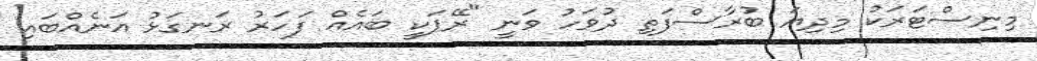
މިނިސްޓަރަކު މިދިޔަ ބުރާސްފަތި ދުވަހު ވަނީ "ރޭޕަކީ ބައެއް ފަހަރު ރަނގަޅު އަނެއްބައި